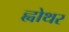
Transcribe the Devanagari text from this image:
ह्वोथर